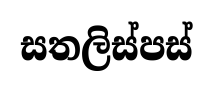
සතලිස්පස්